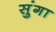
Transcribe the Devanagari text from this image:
सुंगा